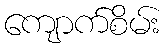
ကျောက်စိမ်း